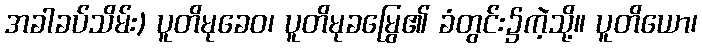
အခါခပ်သိမ်း) ပူတိမုခေဝ၊ ပူတိမုခမြွေ၏ ခံတွင်း၌ကဲ့သို့။ ပူတိယော၊